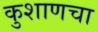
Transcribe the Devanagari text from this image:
कुशाणचा